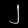
Digit: ၂